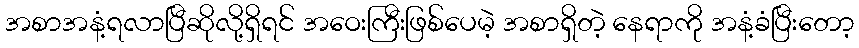
အစာအနံ့ရလာပြီဆိုလို့ရှိရင် အဝေးကြီးဖြစ်ပေမဲ့ အစာရှိတဲ့ နေရာကို အနံ့ခံပြီးတော့